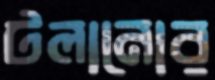
টলানোর